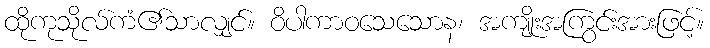
ထိုကုသိုလ်ကံ၏သာလျှင်။ ဝိပါကာဝသေသောန၊ အကျိုးအကြွင်းအားဖြင့်။